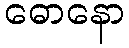
ဓောနော